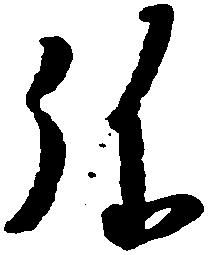
弥